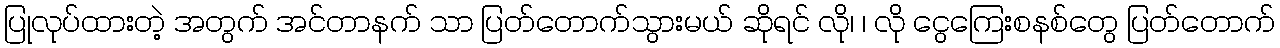
ပြုလုပ်ထားတဲ့ အတွက် အင်တာနက် သာ ပြတ်တောက်သွားမယ် ဆိုရင် လို၊ ၊ လို ငွေကြေးစနစ်တွေ ပြတ်တောက်